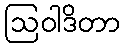
ဩဝါဒိတာ